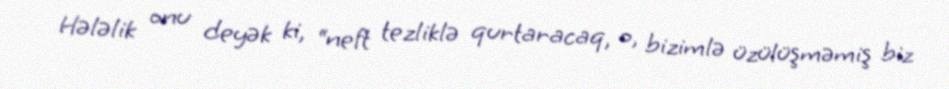
Hələlik onu deyək ki, “neft tezliklə qurtaracaq, o, bizimlə üzülüşməmiş biz